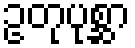
ဥတုပုစ္ဆာ